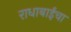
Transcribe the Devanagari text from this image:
राधाबाईंचा